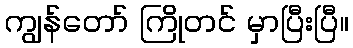
ကျွန်တော် ကြိုတင် မှာပြီးပြီ။